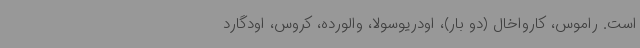
است. راموس، کارواخال (دو بار)، اودریوسولا، والورده، کروس، اودگارد